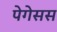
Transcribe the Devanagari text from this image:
पेगेसस